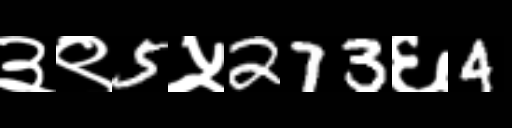
Text: ३९5५273६4